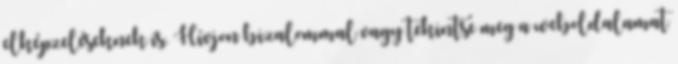
elképzeléseknek is. Hívjon bizalommal vagy tekintse meg a weboldalamat